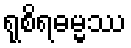
ရုစိရဓမ္မဿ